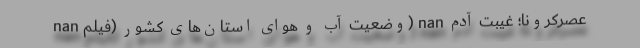
nan وضعیت آب و هوای استان‌های کشور (فیلم) nan عصرکرونا؛ غیبت آدم